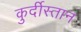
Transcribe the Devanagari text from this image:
कुर्दीस्तान